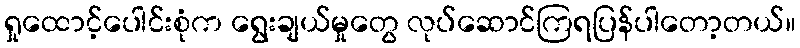
ရှုထောင့်ပေါင်းစုံက ရွေးချယ်မှုတွေ လုပ်ဆောင်ကြရပြန်ပါတော့တယ်။